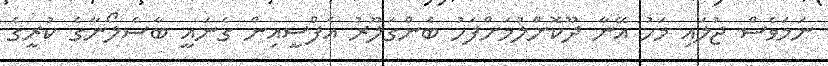
ނަމަވެސް ޖުލައި މަހު އޭނާ ދޫކޮށްލުމަށްފަހު ބެންގަލޫރު އެފްސީއިން ގެނައީ ބާސެލޯނާގެ ކުރީގެ